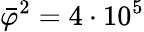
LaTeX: \bar{\varphi}^{2}=4\cdot 10^{5}